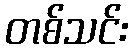
တစ်သင်း